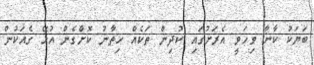
ބަޔަކު ކާނާ ވިހަވީ އެރަށުގައި ކުދިން ތަކެއް ހިތާނު ކޮށްގެން އުޅޭ ގެއަކުން